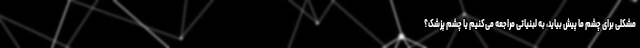
مشکلی برای چشم ما پیش بیاید، به لبنیاتی مراجعه می‌کنیم یا چشم پزشک؟